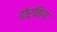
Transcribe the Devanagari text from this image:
डोर्किग